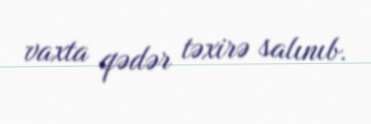
vaxta qədər təxirə salınıb.